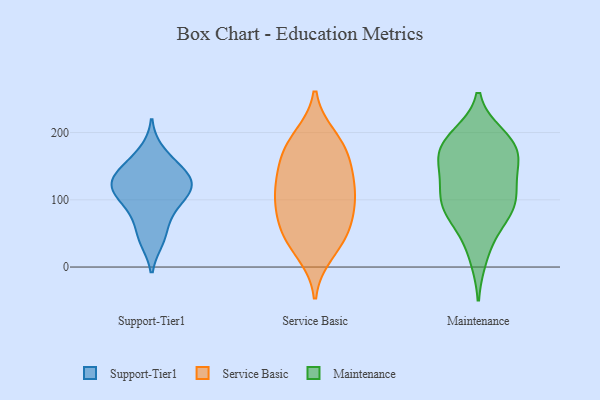
{"axis": {"x": "Operating Costs (USD K)", "y": "Value"}, "legend": ["Maintenance", "Service Basic", "Support-Tier1"], "data": [{"x": "", "y": 118, "type": "Support-Tier1"}, {"x": "", "y": 41, "type": "Support-Tier1"}, {"x": "", "y": 115, "type": "Support-Tier1"}, {"x": "", "y": 123, "type": "Support-Tier1"}, {"x": "", "y": 147, "type": "Support-Tier1"}, {"x": "", "y": 46, "type": "Support-Tier1"}, {"x": "", "y": 136, "type": "Support-Tier1"}, {"x": "", "y": 171, "type": "Support-Tier1"}, {"x": "", "y": 81, "type": "Support-Tier1"}, {"x": "", "y": 86, "type": "Support-Tier1"}, {"x": "", "y": 110, "type": "Support-Tier1"}, {"x": "", "y": 120, "type": "Support-Tier1"}, {"x": "", "y": 146, "type": "Support-Tier1"}, {"x": "", "y": 44, "type": "Service Basic"}, {"x": "", "y": 97, "type": "Service Basic"}, {"x": "", "y": 66, "type": "Service Basic"}, {"x": "", "y": 167, "type": "Service Basic"}, {"x": "", "y": 63, "type": "Service Basic"}, {"x": "", "y": 137, "type": "Service Basic"}, {"x": "", "y": 100, "type": "Service Basic"}, {"x": "", "y": 116, "type": "Service Basic"}, {"x": "", "y": 21, "type": "Service Basic"}, {"x": "", "y": 186, "type": "Service Basic"}, {"x": "", "y": 170, "type": "Service Basic"}, {"x": "", "y": 104, "type": "Service Basic"}, {"x": "", "y": 42, "type": "Service Basic"}, {"x": "", "y": 193, "type": "Service Basic"}, {"x": "", "y": 139, "type": "Service Basic"}, {"x": "", "y": 92, "type": "Maintenance"}, {"x": "", "y": 140, "type": "Maintenance"}, {"x": "", "y": 52, "type": "Maintenance"}, {"x": "", "y": 184, "type": "Maintenance"}, {"x": "", "y": 164, "type": "Maintenance"}, {"x": "", "y": 100, "type": "Maintenance"}, {"x": "", "y": 169, "type": "Maintenance"}, {"x": "", "y": 94, "type": "Maintenance"}, {"x": "", "y": 15, "type": "Maintenance"}, {"x": "", "y": 194, "type": "Maintenance"}, {"x": "", "y": 178, "type": "Maintenance"}, {"x": "", "y": 81, "type": "Maintenance"}, {"x": "", "y": 88, "type": "Maintenance"}, {"x": "", "y": 187, "type": "Maintenance"}, {"x": "", "y": 123, "type": "Maintenance"}, {"x": "", "y": 143, "type": "Maintenance"}]}